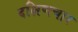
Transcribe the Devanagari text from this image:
दक्षिणचार